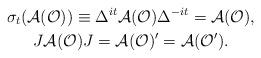
LaTeX: \begin{gather*}\sigma_{t}(\mathcal{A}(\mathcal{O})) \equiv\Delta^{it}\mathcal{A}(\mathcal{O})\Delta^{-it}=\mathcal{A}(\mathcal{O}),\\J\mathcal{A}(\mathcal{O})J =\mathcal{A}(\mathcal{O})^{\prime}=\mathcal{A}(\mathcal{O}^{\prime}).\end{gather*}